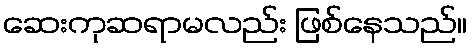
ဆေးကုဆရာမလည်း ဖြစ်နေသည်။